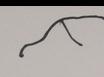
Signature authenticity: forged